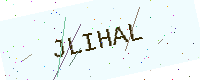
Text: JLIHAL